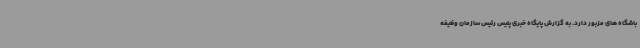
باشگاه های مزبور دارد. به گزارش پایگاه خبری پلیس رئیس سازمان وظیفه